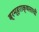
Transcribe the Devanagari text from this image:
ब्रम्हराक्षसाची